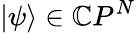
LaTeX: |\psi\rangle\in\mathbb{C}P^{N}